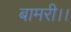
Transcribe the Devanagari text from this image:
बामरी।।